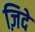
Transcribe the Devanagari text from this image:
ज़िदे